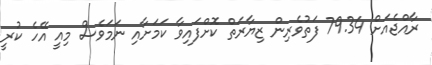
ރާއްޖެއަށް 79.34 ފަތުވެރިން ޒިޔާރަތް ކޮށްފައިވާ ކަމަށާއި ނަމަވެސް މިއީ އޭހެ ކުރީ